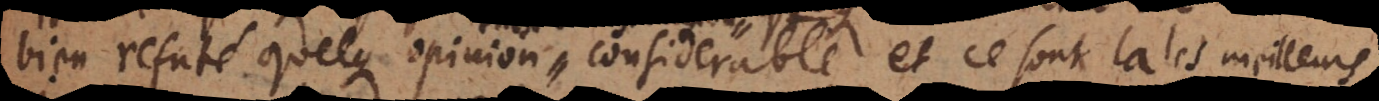
bien refuté quelque opinion considerable et ce sont là les meilleurs.